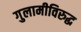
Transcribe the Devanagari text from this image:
गुलामीविरुद्ध